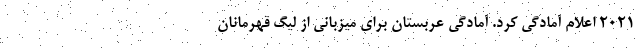
2021 اعلام آمادگی کرد. آمادگی عربستان برای میزبانی از لیگ قهرمانان